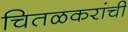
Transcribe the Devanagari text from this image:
चितळकरांची